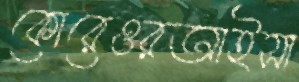
কোরেওরআইসা